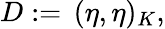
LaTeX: D:=\, (\eta,\eta)_{K},